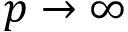
p \to \infty